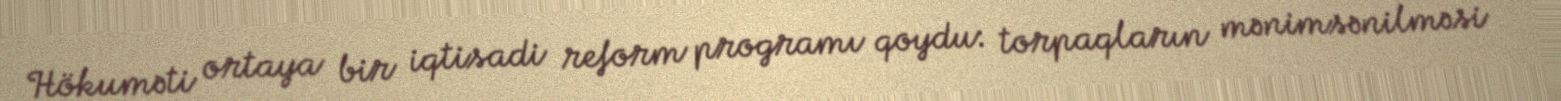
Hökuməti ortaya bir iqtisadi reform programı qoydu: torpaqların mənimsənilməsi